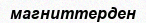
магниттерден